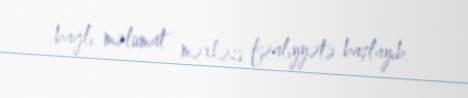
bağlı məlumat mərkəzi fəaliyyətə başlayıb.